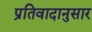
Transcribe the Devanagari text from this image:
प्रतिवादानुसार